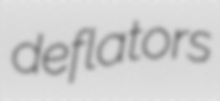
deflators